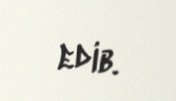
edib.